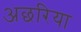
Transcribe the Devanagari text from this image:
अछरिया